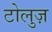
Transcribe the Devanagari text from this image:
टोलुज़